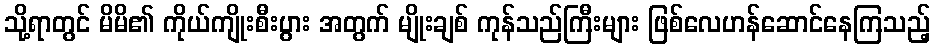
သို့ရာတွင် မိမိ၏ ကိုယ်ကျိုးစီးပွား အတွက် မျိုးချစ် ကုန်သည်ကြီးများ ဖြစ်လေဟန်ဆောင်နေကြသည့်